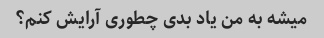
میشه به من یاد بدی چطوری آرایش کنم؟